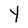
Character: Y